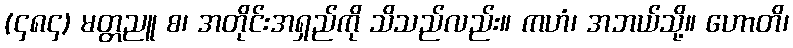
(၄၈၄) မတ္တညူ စ၊ အတိုင်းအရှည်ကို သိသည်လည်း။ ကဟံ၊ အဘယ်သို့။ ဟောတိ၊